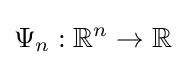
\Psi _{n}:\mathbb {R} ^{n}\to \mathbb {R}